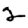
Digit: 2